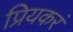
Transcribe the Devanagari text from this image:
प्रियकरं